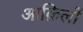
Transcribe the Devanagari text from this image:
आक़िलों